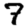
Digit: 7